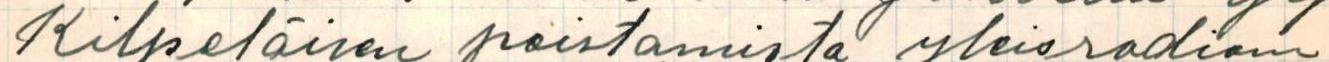
Kilpeläisen poistamista yleisradion